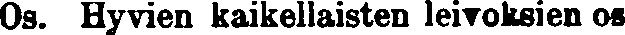
Os. Hyvien kaikellaisten leivoksien os-